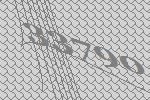
33790